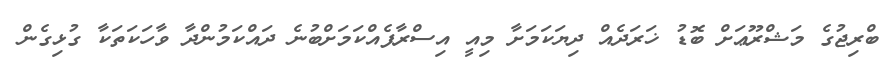
ބްރިޖުގެ މަޝްރޫޢަށް ބޮޑު ޚަރަދެއް ދިޔަކަމަށާ މިއީ އިސްރާފެއްކަމަށްބުނެ ދައްކަމުންދާ ވާހަކަތަކާ ގުޅިގެން